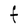
Character: F